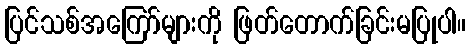
ပြင်သစ်အကြော်များကို ဖြတ်တောက်ခြင်းမပြုပါ။